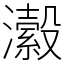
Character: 瀫